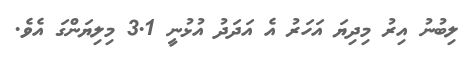
ލިބުނު އިރު މިދިޔަ އަހަރު އެ އަދަދު އުޅުނީ 3.1 މިލިޔަންގަ އެވެ.